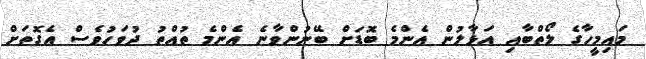
މައިމީހާގެ ލޯތްބާއި އަޅާލުން އެންމެ ބޮޑަށް ބޭނުންވާނެ އެންމެ ތުއްތު ދުވަހުވެސް އެގޮތަށް